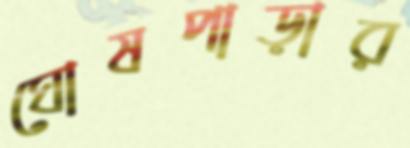
ঘোষপাড়ার